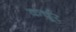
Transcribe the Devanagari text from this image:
कर्चूर